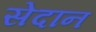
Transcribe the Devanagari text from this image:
सेदान